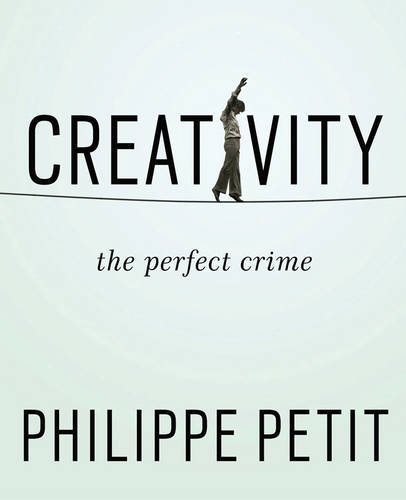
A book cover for Creativity: The Perfect Crime; Philippe Petit; Health, Fitness & Dieting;